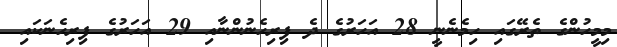
މިމީހުންގެ ތެރޭގައި ހިމެނެނީ 28 އަހަރުގެ ދެ ފިރިހެނުންނާއި 29 އަހަރުގެ ފިރިހެނަކައި